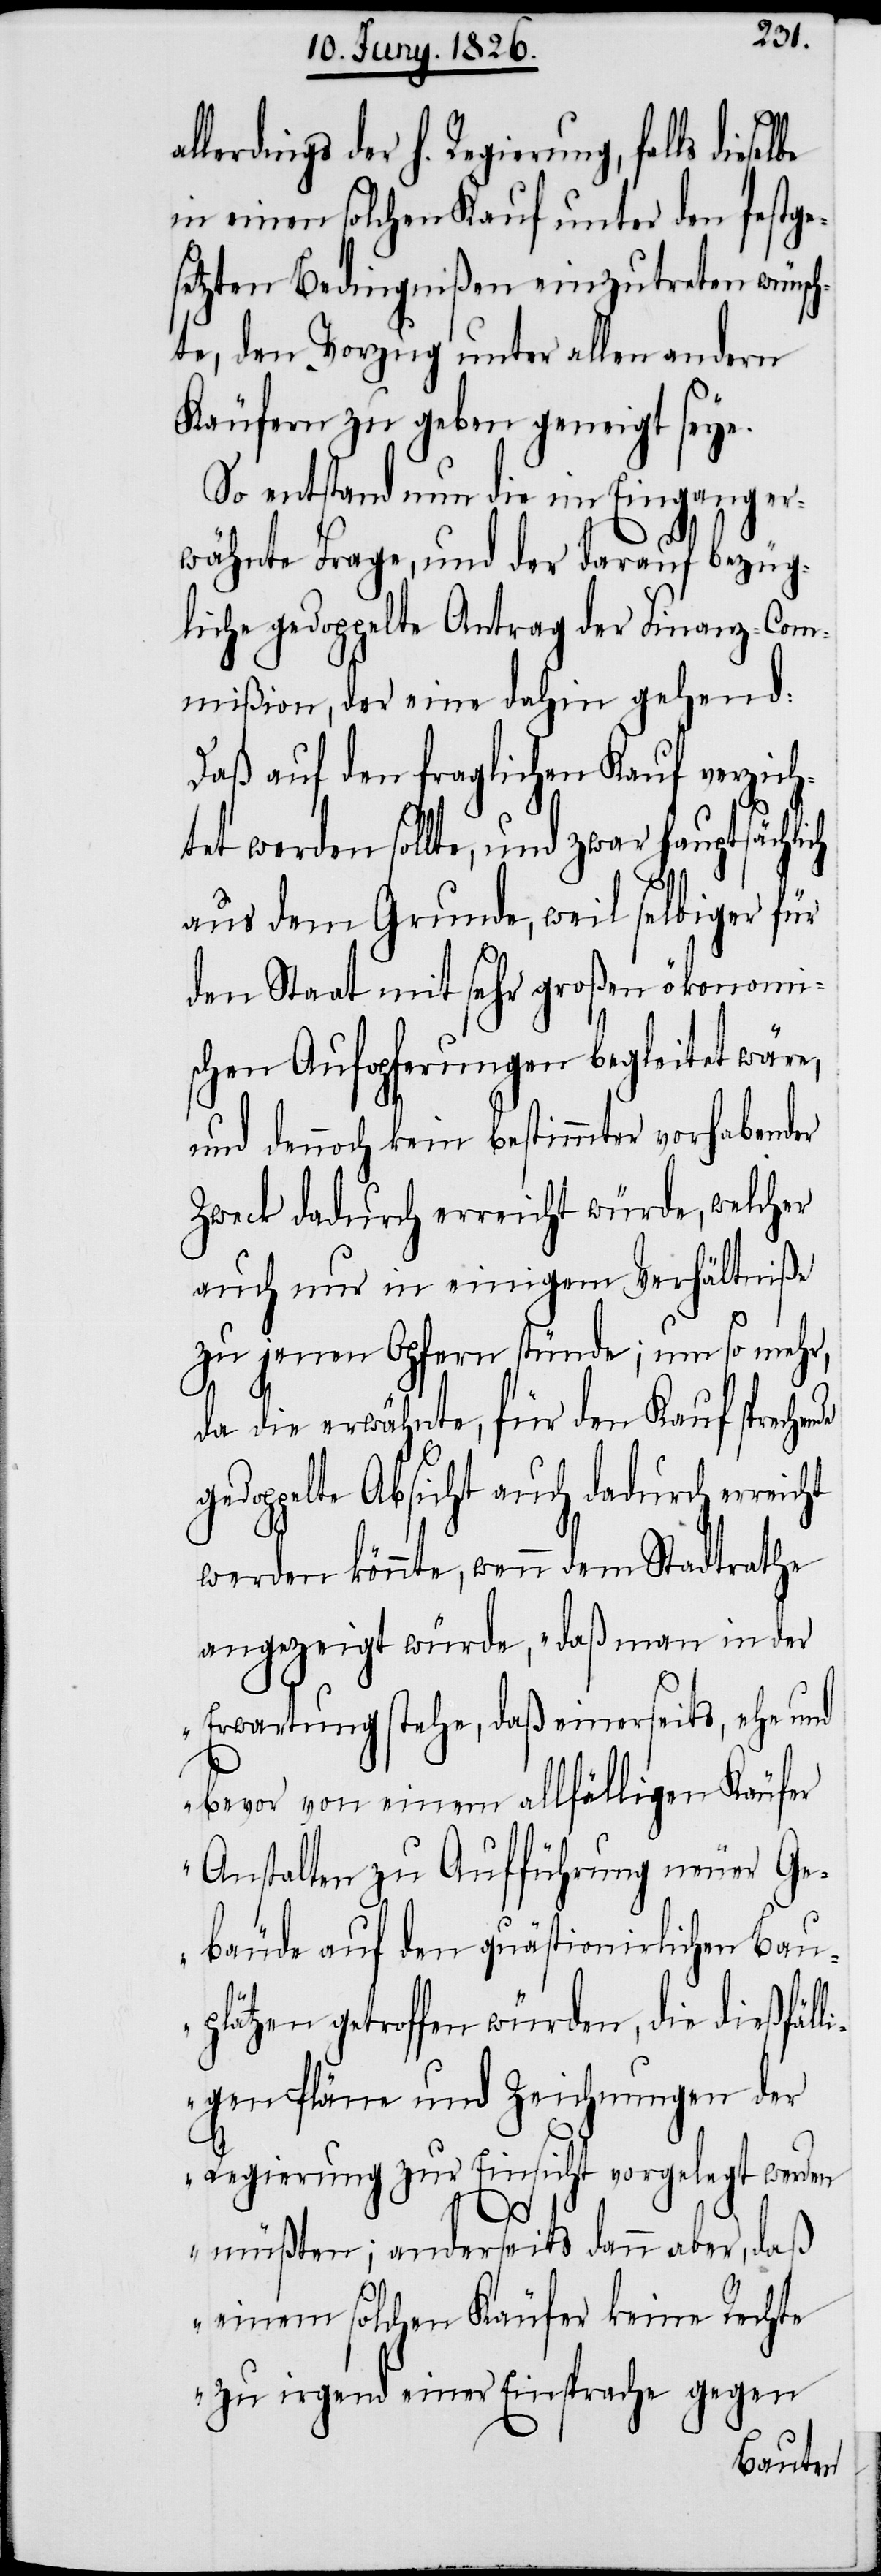
lerdings der h. Regierung, falls diese¬
in einen solchen Kauf unter den festge¬
setzten Bedingnißen einzutreten wünsch¬
te, den Vorzug unter allen andern
Käufern zu geben geneigt seye.
So entstand nun die im Eingang er¬
wähnte Frage, und der darauf bezüg¬
liche gedoppelte Antrag der Finanz-Com¬
mißion, der eine dahin gehend:
Daß auf den fraglichen Kauf verzic¬
htet werden sollte, und zwar hauptsächlich
aus dem Grunde, weil selbiger für
den Staat mit sehr großen ökonomi¬
schen Aufopferungen begleitet wäre,
und dennoch kein bestimmter vorhabender
Zweck dadurch erreicht würde, welcher
auch nur in einigem Verhältniße
zu jenen Opfern stünde; um so mehr,
da die erwähnte, für den Kauf spreche¬
gedoppelte Absicht auch dadurch erreicht
werden könnte, wenn dem Stadtrathe
angezeigt würde, „daß man in der
Erwartung stehe, daß einerseits, ehe und
bevor von einem allfälligen Käufer
Anstalten zu Aufführung neuer Ge¬
bäude auf den quästionirlichen Bau¬
plätzen getroffen würden, die dießfäll¬
igen Pläne und Zeichnungen der
Regierung zur Einsicht vorgelegt werden
nde
müßten; anderseits dann aber, daß
einem solchen Käufer keine Rechte
zu irgend einer Einsprache gegen